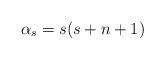
LaTeX: \begin{align*}\alpha_{s}=s(s+n+1)\end{align*}